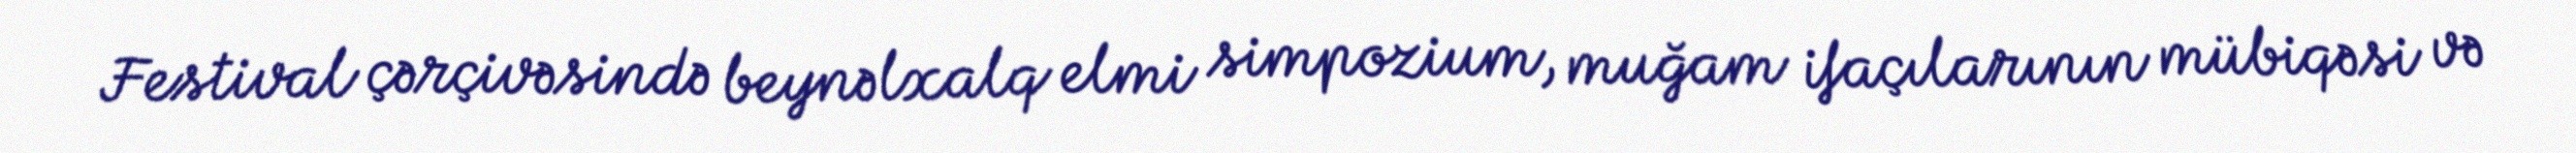
Festival çərçivəsində beynəlxalq elmi simpozium, muğam ifaçılarının mübiqəsi və